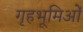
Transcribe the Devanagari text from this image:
गृहभूमिओं